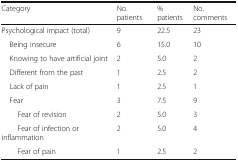
| Category | No. patients | % patients | No. comments |
 | --- | --- | --- | --- |
 | Psychological impact (total) | 9 | 22.5 | 23 |
 | Being insecure | 6 | 15.0 | 10 |
 | Knowing to have artificial joint | 2 | 5.0 | 2 |
 | Different from the past | 1 | 2.5 | 2 |
 | Lack of pain | 1 | 2.5 | 1 |
 | Fear | 3 | 7.5 | 9 |
 | Fear of revision | 2 | 5.0 | 3 |
 | Fear of infection or inflammation | 2 | 5.0 | 4 |
 | Fear of pain | 1 | 2.5 | 2 |